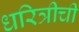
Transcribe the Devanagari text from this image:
धरित्रीची